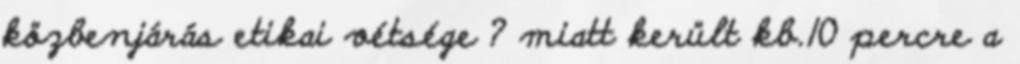
közbenjárás etikai vétsége ? miatt került kb.10 percre a